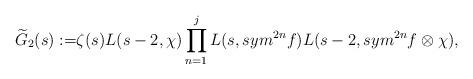
LaTeX: \begin{align*}\widetilde{G}_{2}(s):=&\zeta(s)L(s-2,\chi)\prod\limits_{n=1}^{j}L(s,sym^{2n}f)L(s-2,sym^{2n}f\otimes\chi) ,\end{align*}